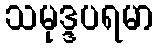
သမုဒ္ဒပရမာ